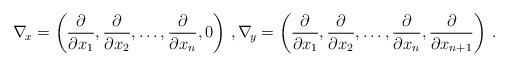
LaTeX: \begin{align*} \nabla_{\!x}=\left(\frac{\partial}{\partial x_1},\frac{\partial}{\partial x_2},\ldots,\frac{\partial}{\partial x_n},0\right)\,,\nabla_{\!y}=\left(\frac{\partial}{\partial x_1},\frac{\partial}{\partial x_2},\ldots,\frac{\partial}{\partial x_n},\frac{\partial}{\partial x_{n+1}}\right)\,.\end{align*}